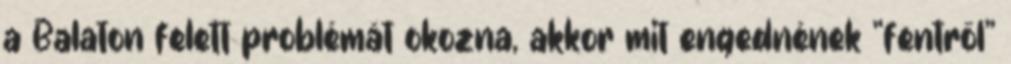
a Balaton felett problémát okozna, akkor mit engednének “fentről”